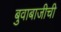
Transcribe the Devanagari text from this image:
बुवाबाजीची